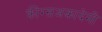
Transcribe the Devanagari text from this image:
क्रीग्सअकादेमी